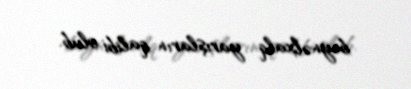
beynəlxalq yarışların qalibi olub.